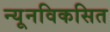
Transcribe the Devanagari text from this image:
न्यूनविकसित